Leaving Certificate Examination (including Day School Certificate (Higher) General paper), 1937
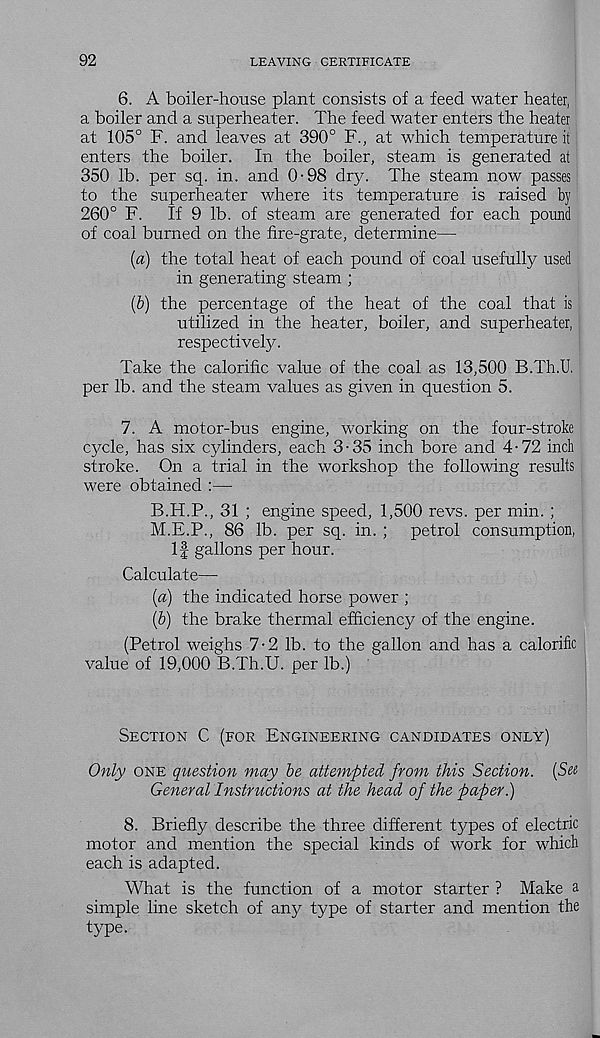
92
LEAVING CERTIFICATE
6. A boiler-house plant consists of a feed water heater,
a boiler and a superheater. The feed water enters the heater
at 105° F. and leaves at 390° F., at which temperature it
enters the boiler. In the boiler, steam is generated at
350 lb. per sq. in. and 0-98 dry. The steam now passes
to the superheater where its temperature is raised by
260° F.
If 9 lb. of steam are generated for each pound
of coal burned on the fire-grate, determine—
(a) the total heat of each pound of coal usefully used
in generating steam ;
(b) the percentage of the heat of the coal that is
utilized in the heater, boiler, and superheater,
respectively.
Take the calorific value of the coal as 13,500 B.Th.U.
per lb. and the steam values as given in question 5.
7. A motor-bus engine, working on the four-stroke
cy^cle, has six cylinders, each 3-35 inch bore and 4-72 inch
stroke. On a trial in the workshop the following results
were obtained :—
B.H.P., 31 ; engine speed, 1,500 revs, per min. ;
M.E.P., 86 lb. per sq. in. ; petrol consumption,
If gallons per hour.
Calculate—-
(a) the indicated horse power ;
(b) the brake thermal efficiency of the engine.
(Petrol weighs 7-2 lb. to the gallon and has a calorific
value of 19,000 B.Th.U. per lb.)
Section C (for Engineering candidates only)
Only one question may be attempted from this Section. (See
General Instructions at the head of the paper.)
8. Briefly describe the three different types of electric
motor and mention the special kinds of work for which
each is adapted.
What is the function of a motor starter ? Make a
simple line sketch of any/ type of starter and mention the
type.